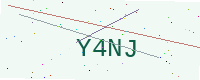
Text: Y4NJ